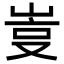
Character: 𡷮